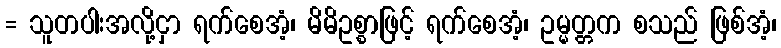
= သူတပါးအလို့ငှာ ရက်စေအံ့၊ မိမိဥစ္စာဖြင့် ရက်စေအံ့၊ ဥမ္မတ္တက စသည် ဖြစ်အံ့၊